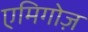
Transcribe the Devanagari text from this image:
एमिगोज़